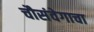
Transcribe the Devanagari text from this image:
चौसंवेगाचा